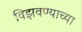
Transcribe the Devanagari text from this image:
विझवण्याच्या